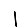
Digit: 1